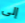
إلى